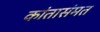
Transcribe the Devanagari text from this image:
कांतासंमत